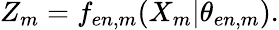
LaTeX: Z_{m}=f_{en,m}({X}_{m}|\theta_{en,m}).